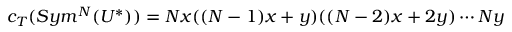
c _ { T } ( S y m ^ { N } ( U ^ { * } ) ) = N x ( ( N - 1 ) x + y ) ( ( N - 2 ) x + 2 y ) \cdots N y